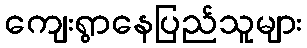
ကျေးရွာနေပြည်သူများ